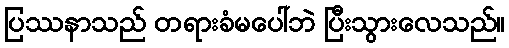
ပြဿနာသည် တရားခံမပေါ်ဘဲ ပြီးသွားလေသည်။